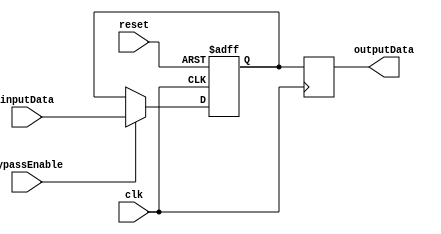
module SimpleBypassReg (
    input wire clk,
    input wire reset,
    input wire bypassEnable,
    input wire [DATA_WIDTH-1:0] inputData,
    output reg [DATA_WIDTH-1:0] outputData
);

parameter DATA_WIDTH = 8;

reg [DATA_WIDTH-1:0] regData;

always @(posedge clk or posedge reset) begin
    if (reset) begin
        regData <= 0;
    end else begin
        if (bypassEnable) begin 
            regData <= inputData;
        end
    end
end

always @(posedge clk) begin
    outputData <= regData;
end

endmodule